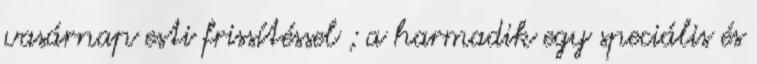
vasárnap esti frissítéssel ; a harmadik egy speciális és